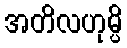
အတိလဟုမ္ပိ